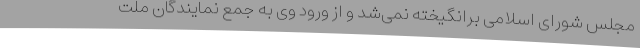
مجلس شورای اسلامی برانگیخته نمی‌شد و از ورود وی به جمع نمایندگان ملت